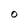
Character: O